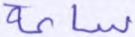
ساعة